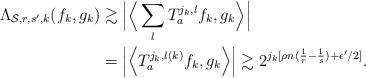
LaTeX: \begin{align*}\Lambda_{\mathcal{S}, r, s', k}(f_k, g_k) & \gtrsim \Big|\Big<\sum_{l}T_{a}^{j_k, l}f_k, g_k\Big>\Big|\\& =\Big|\Big<T_a^{j_k, l(k)}f_k, g_k\Big>\Big|\gtrsim 2^{j_k[\rho n(\frac{1}{r}-\frac{1}{s})+\epsilon'/2]}.\end{align*}